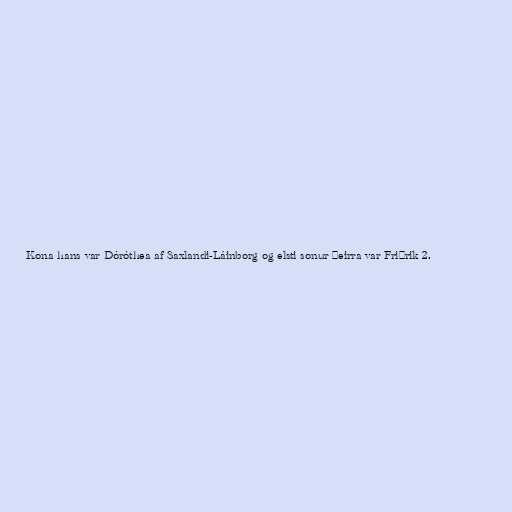
Kona hans var Dóróthea af Saxlandi-Láinborg og elsti sonur þeirra var Friðrik 2.